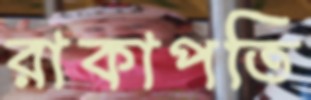
রাকাপতি